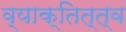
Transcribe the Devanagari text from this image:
व्याक्तित्त्व